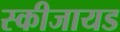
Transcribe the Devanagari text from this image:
स्कीजायड